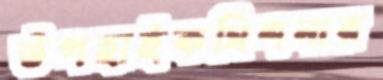
উপহাইকমিশনার